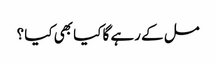
مل کے رہے گا کیا بھی کیا ؟